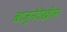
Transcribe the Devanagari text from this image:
बाजूनेदेखील